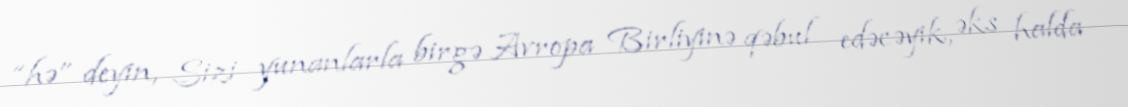
“hə” deyin, Sizi yunanlarla birgə Avropa Birliyinə qəbul edəcəyik, əks halda